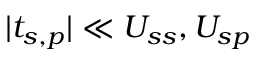
| t _ { s , p } | \ll U _ { s s } , U _ { s p }